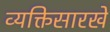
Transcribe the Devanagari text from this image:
व्यक्तिसारखे